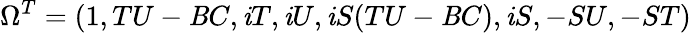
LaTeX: \Omega^{T}=(1,TU-\mathit{B}C,\mathit{i}T,\mathit{i}U,\mathit{i}S(TU-\mathit{B}C),\mathit{i}S,-SU,-ST)